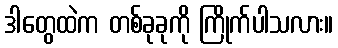
ဒါတွေထဲက တစ်ခုခုကို ကြိုက်ပါသလား။